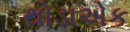
થોડાએક